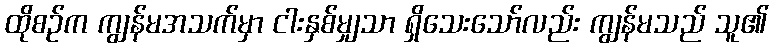
ထိုစဉ်က ကျွန်မအသက်မှာ ငါးနှစ်မျှသာ ရှိသေးသော်လည်း ကျွန်မသည် သူ၏